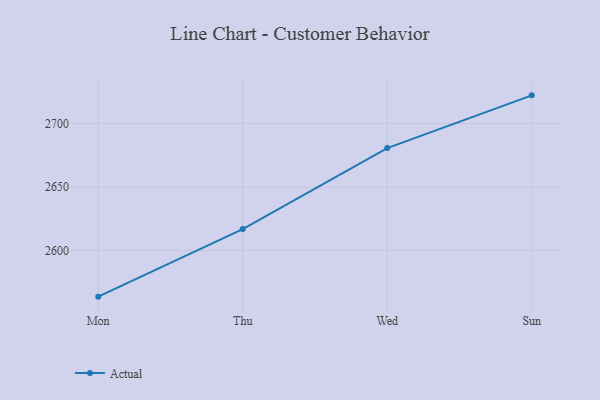
{"axis": {"x": "Day", "y": "Satisfaction Score"}, "legend": ["Actual"], "data": [{"x": "Mon", "y": 2563.7, "type": "Actual"}, {"x": "Thu", "y": 2616.9, "type": "Actual"}, {"x": "Wed", "y": 2680.6, "type": "Actual"}, {"x": "Sun", "y": 2722.1, "type": "Actual"}]}